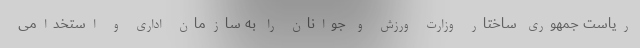
ریاست جمهوری ساختار وزارت ورزش و جوانان را به سازمان اداری و استخدامی